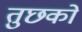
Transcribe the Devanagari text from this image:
तुछको